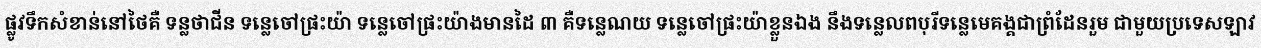
ផ្លូវទឹកសំខាន់នៅថៃគឺ ទន្លថាជីន ទន្លេចៅផ្រះយ៉ា ទន្លេចៅផ្រះយ៉ាងមានដៃ ៣ គឺទន្លេណយ ទន្លេចៅផ្រះយ៉ាខ្លួនឯង នឹងទន្លេលពបុរីទន្លេមេគង្គជាព្រំដែនរួម ជាមួយប្រទេសឡាវ